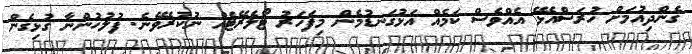
ގެންދިއުމަށް ހުރަސްއެޅޭ އެއްވެސް ކަމެއް އަޅުގަނޑުމެން މިފަހަރު ޓޯލެރޭޓެއް ނުކުރެވޭނެ. ފުލުހުންނާ ގުޅިގެން